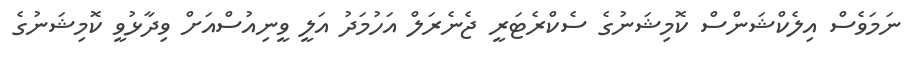
ނަމަވެސް އިލެކްޝަންސް ކޮމިޝަނުގެ ސެކްރެޓަރީ ޖެނެރަލް އަހުމަދު އަލީ ވީނިއުސްއަށް ވިދާޅުވީ ކޮމިޝަނުގެ